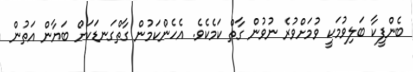
ބެންފީކާ ބަލިވުމަކީ ވުމަށްވުރެ ނުވުން ގާތް ކަމެކެވެ. އެހެންކަމުން ގާތްގަނޑަކަށް ބަޔާން އަތުން